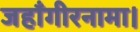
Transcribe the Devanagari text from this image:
जहाँगीरनामा।